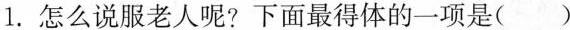
1.怎么说服老人呢?下面最得体的一项是( )